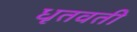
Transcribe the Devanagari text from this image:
धृतवती